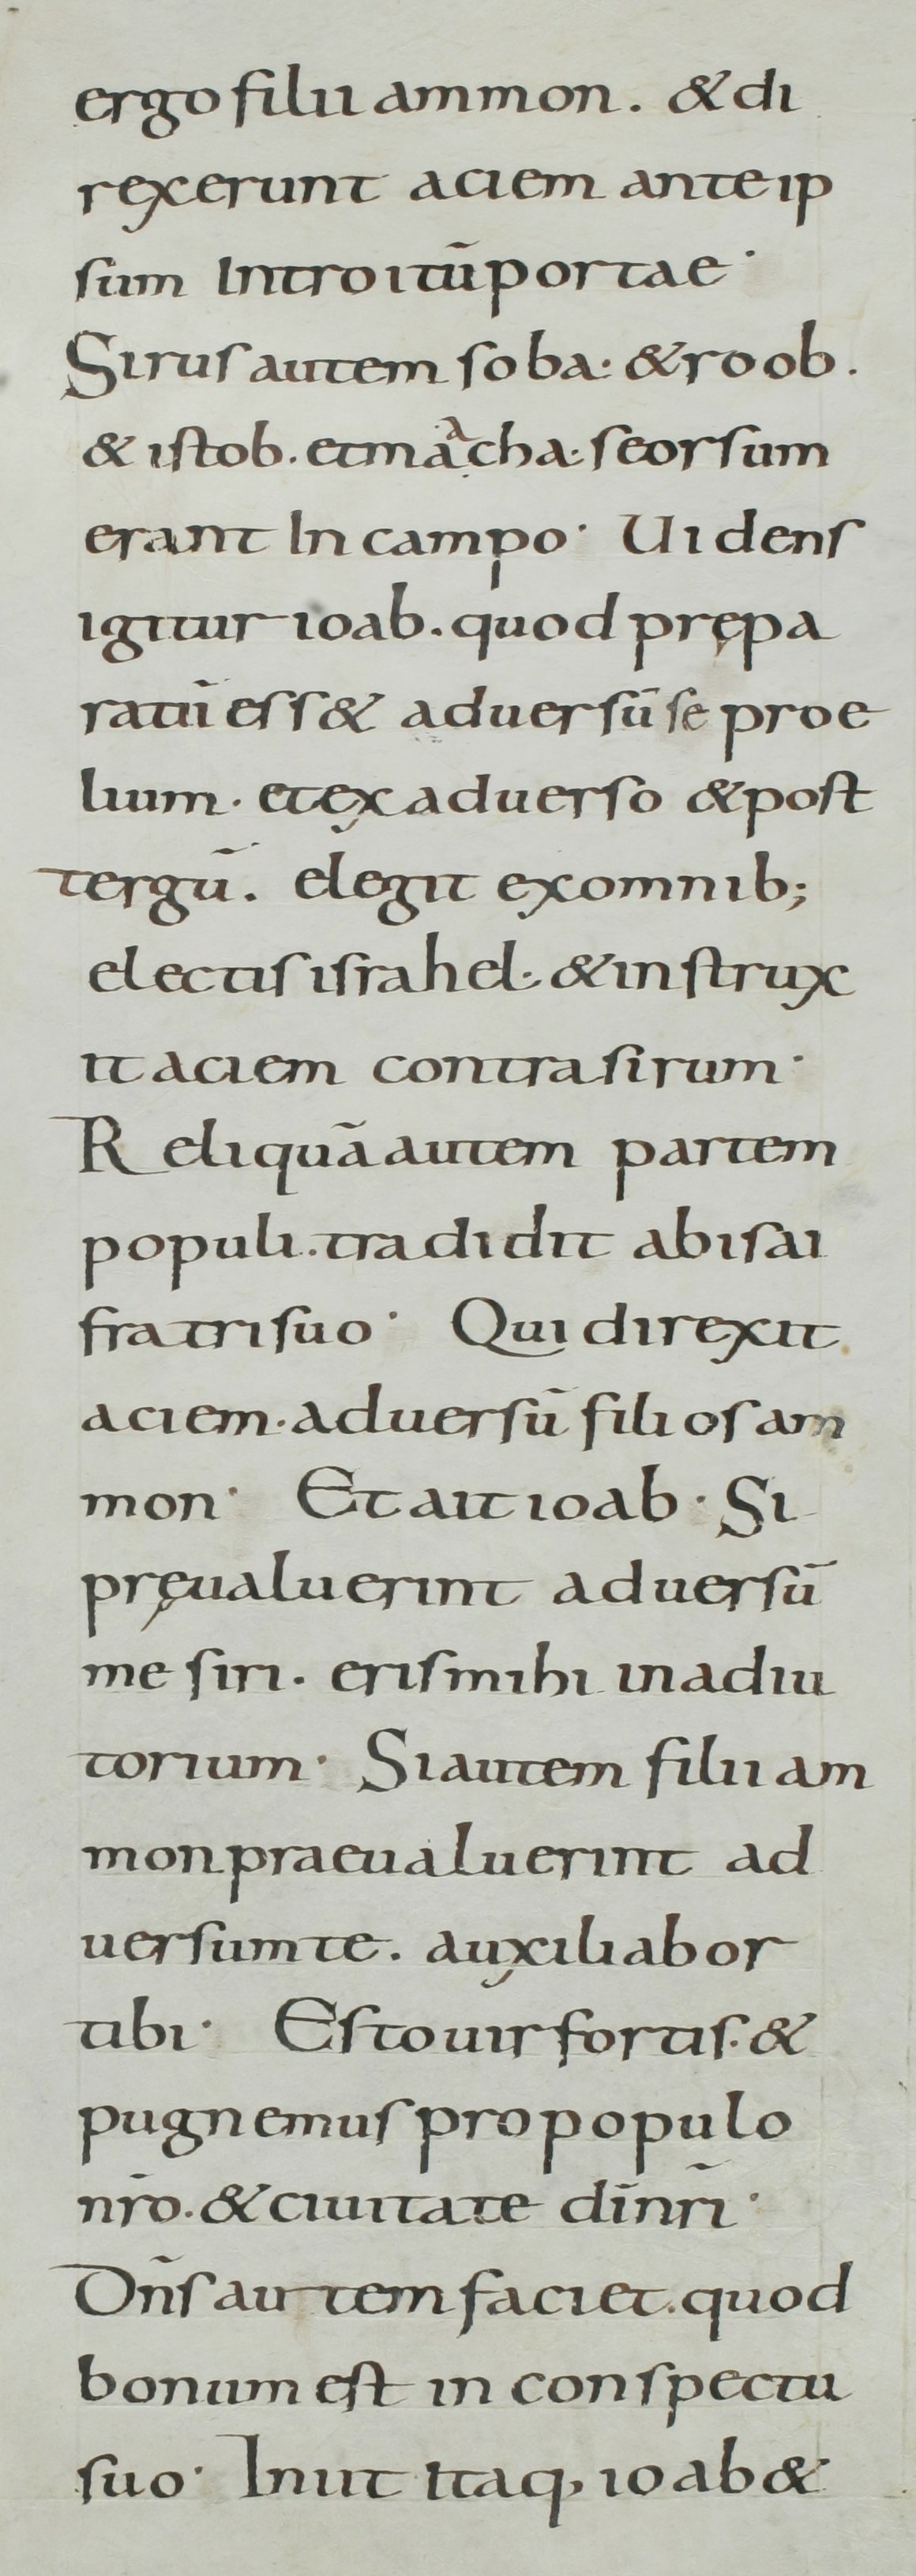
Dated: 800–899